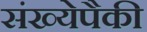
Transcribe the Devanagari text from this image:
संख्येपैकी